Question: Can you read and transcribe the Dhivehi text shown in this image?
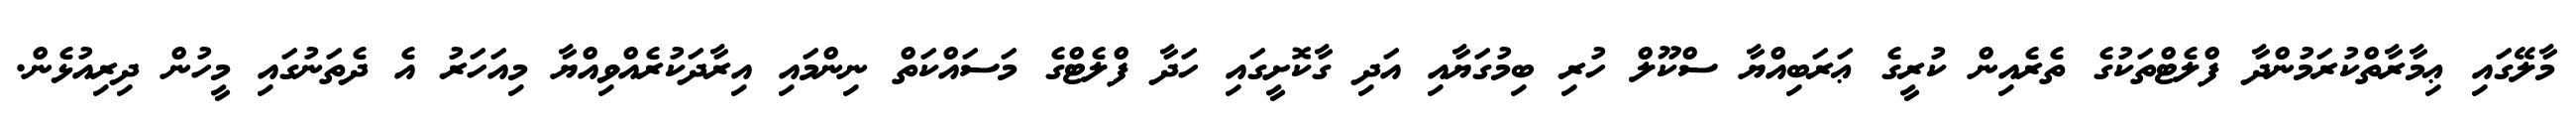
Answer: މާލޭގައި ޢިމާރާތްކުރަމުންދާ ފްލެޓްތަކުގެ ތެރެއިން ކުރީގެ ޢަރަބިއްޔާ ސްކޫލް ހުރި ބިމުގަޔާއި އަދި ގާކޮށީގައި ހަދާ ފްލެޓްގެ މަސައްކަތް ނިންމައި އިރާދަކުރެއްވިއްޔާ މިއަހަރު އެ ދެތަނުގައި މީހުން ދިރިއުޅެން.